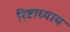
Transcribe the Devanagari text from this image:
रिष्टाध्याय